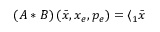
\left( A \ast B \right) ( \bar { x } , x _ { e } , p _ { e } ) = \langle _ { 1 } \bar { x }